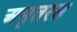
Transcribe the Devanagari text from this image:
अमृतरस